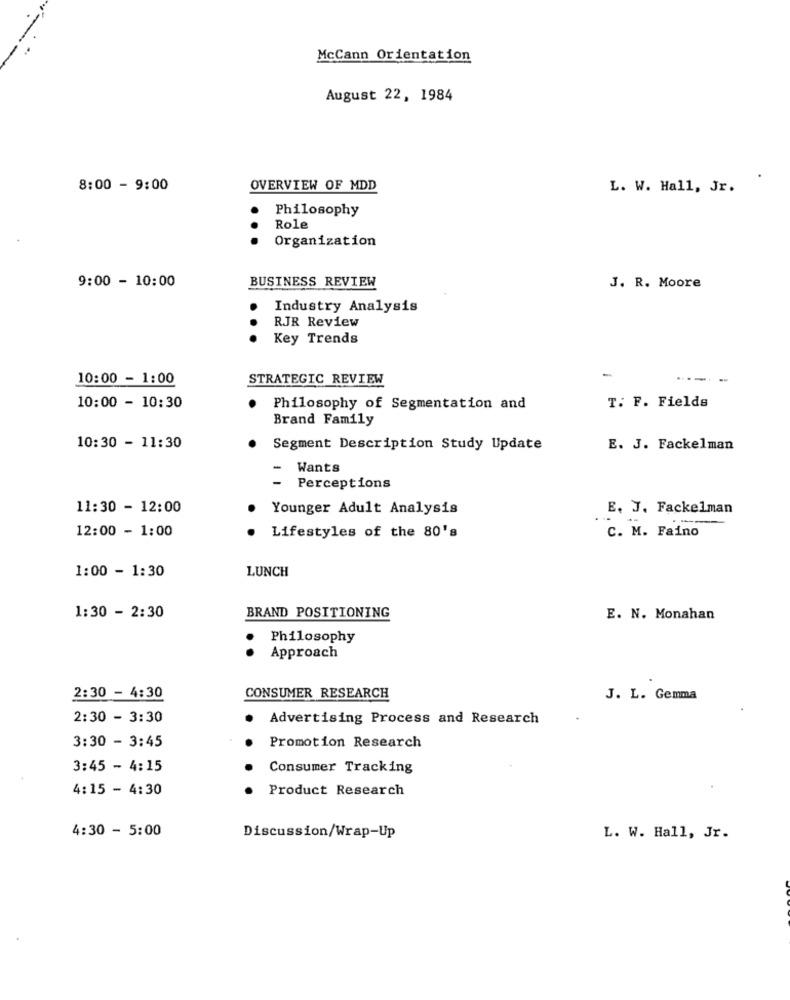
McCann Orientation
August 22, 1984
8:00 - 9:00
OVERVIEW OF MDD
L. W. Hall, Jr.
Philosophy
Role
Organization
9:00 - 10:00
BUSINESS REVIEW
J. R. Moore
Industry Analysis
RJR Review
Key Trends
10:00 - 1:00
STRATEGIC REVIEW
10:00 - 10:30
Philosophy of Segmentation and
T. F. Fields
Brand Family
10:30 - 11:30
Segment Description Study Update
E. J. Fackelman
Wants
Perceptions
11:30 - 12:00
Younger Adult Analysis
E. J. Fackelman
Lifestyles of the 80's
C. M. Faino
12:00 - 1:00
1:00 - 1:30
LUNCH
BRAND POSITIONING
1:30 - 2:30
E. N. Monahan
Philosophy
Approach
2:30 - 4:30
CONSUMER RESEARCH
J. L. Gemma
2:30 - 3:30
Advertising Process and Research
3:30 - 3:45
Promotion Research
3:45 - 4:15
Consumer Tracking
4:15 - 4:30
Product Research
4:30 - 5:00
Discussion/Wrap-Up
L. W. Hall, Jr.